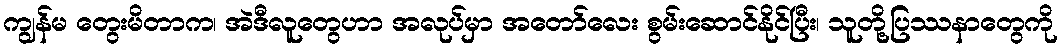
ကျွန်မ တွေးမိတာက၊ အဲဒီလူတွေဟာ အလုပ်မှာ အတော်လေး စွမ်းဆောင်နိုင်ပြီး၊ သူတို့ပြဿနာတွေကို